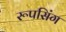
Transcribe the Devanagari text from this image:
रूपसिंग